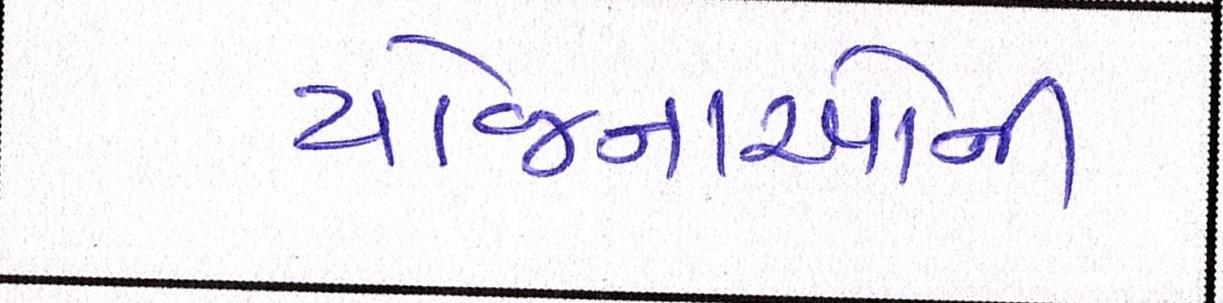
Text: યોજનાઓની